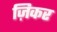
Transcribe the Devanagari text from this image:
ज़िकर